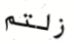
زلتم